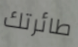
طائرتك